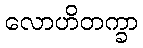
လောဟိတက္ခာ